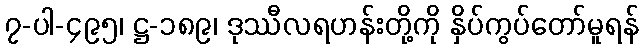
၇-ပါ-၄၉၅၊ ဋ္ဌ-၁၈၉၊ ဒုဿီလရဟန်းတို့ကို နှိပ်ကွပ်တော်မူရန်